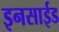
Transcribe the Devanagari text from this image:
इनसाईड